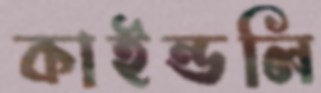
কাইন্ডলি